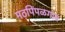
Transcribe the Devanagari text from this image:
मठपिंपळगाव